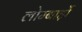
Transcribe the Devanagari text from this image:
लोम्बार्ड़ो